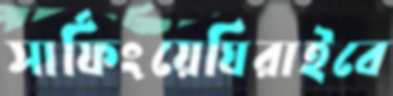
সার্ফিংয়েঘিরাইবে